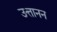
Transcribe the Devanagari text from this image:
उत्तानन